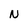
Character: N